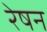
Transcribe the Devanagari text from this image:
रेषन